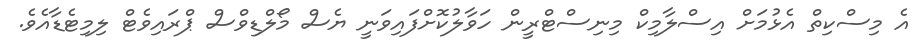
އެ މިސްކިތް އެޅުމަށް އިސްލާމިކް މިނިސްޓްރީން ހަވާލުކޮށްފައިވަނީ ޔެސް މޯލްޑިވްސް ޕްރައިވެޓް ލިމިޓެޑާއެވެ.